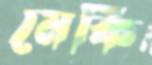
মেকি